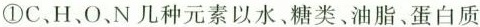
①C、H、O、N几种元素以水、糖类、油脂、蛋白质